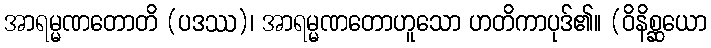
အာရမ္မဏတောတိ (ပဒဿ)၊ အာရမ္မဏတောဟူသော ဟတိကာပုဒ်၏။ (ဝိနိစ္ဆယော